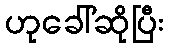
ဟုခေါ်ဆိုပြီး